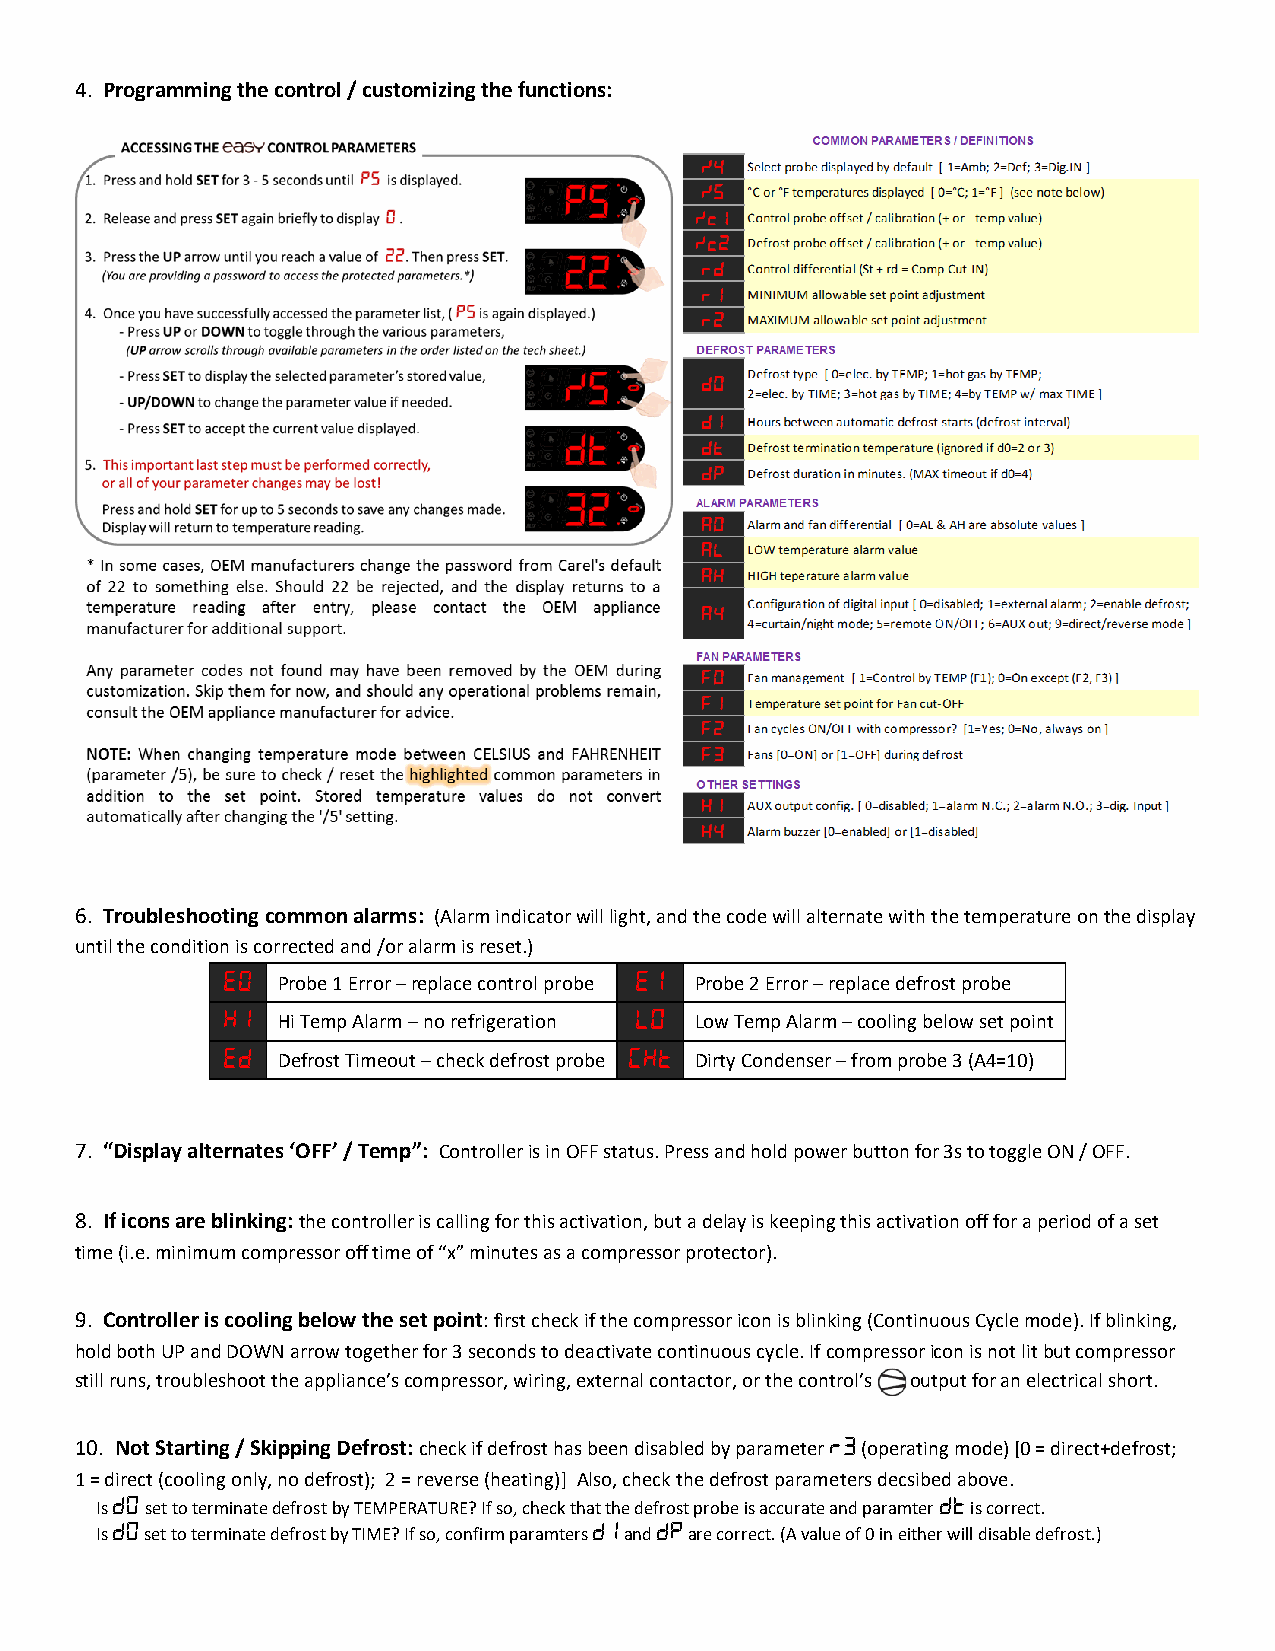
4. Programming the control / customizing the functions:
 6. Troubleshooting common alarms: (Alarm indicator will light, and the code will alternate with the temperature on the display
 until the condition is corrected and /or alarm is reset.)
 Probe 1 Error – replace control probe Probe 2 Error – replace defrost probe
 Hi Temp Alarm – no refrigeration Low Temp Alarm – cooling below set point
 Defrost Timeout – check defrost probe Dirty Condenser – from probe 3 (A4=10)
 7. “Display alternates ‘OFF’ / Temp”: Controller is in OFF status. Press and hold power button for 3s to toggle ON / OFF.
 8. If icons are blinking: the controller is calling for this activation, but a delay is keeping this activation off for a period of a set
 time (i.e. minimum compressor off time of “x” minutes as a compressor protector).
 9. Controller is cooling below the set point: first check if the compressor icon is blinking (Continuous Cycle mode). If blinking,
 hold both UP and DOWN arrow together for 3 seconds to deactivate continuous cycle. If compressor icon is not lit but compressor
 still runs, troubleshoot the appliance’s compressor, wiring, external contactor, or the control’s output for an electrical short.
 10. Not Starting / Skipping Defrost: check if defrost has been disabled by parameter (operating mode) [0 = direct+defrost;
 1 = direct (cooling only, no defrost); 2 = reverse (heating)] Also, check the defrost parameters decsibed above.
 Is  set to terminate defrost by TEMPERATURE? If so, check that the defrost probe is accurate and paramter is correct.
 Is  set to terminate defrost by TIME? If so, confirm paramters and are correct. (A value of 0 in either will disable defrost.)